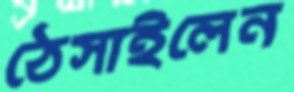
ঠেসাইলেন